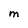
Character: M